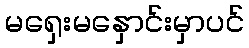
မရှေးမနှောင်းမှာပင်